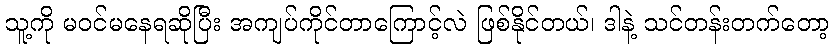
သူ့ကို မဝင်မနေရဆိုပြီး အကျပ်ကိုင်တာကြောင့်လဲ ဖြစ်နိုင်တယ်၊ ဒါနဲ့ သင်တန်းတက်တော့